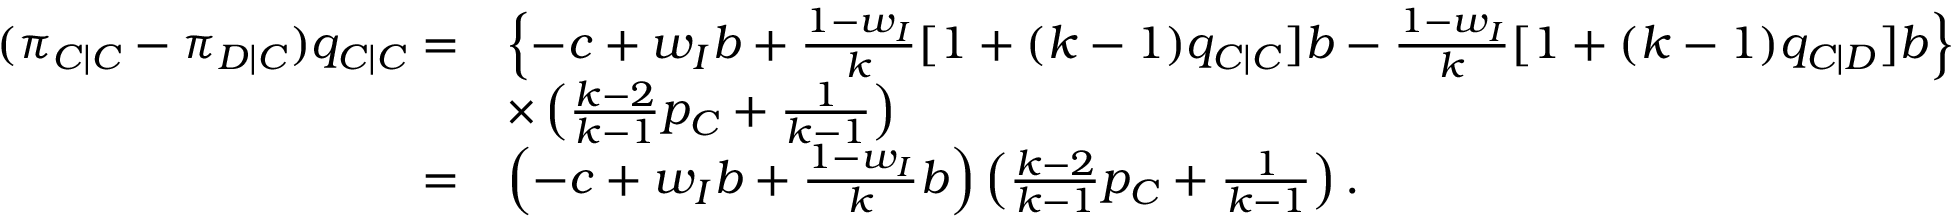
\begin{array} { r l } { ( \pi _ { C | C } - \pi _ { D | C } ) q _ { C | C } = } & { \left\{ - c + w _ { I } b + \frac { 1 - w _ { I } } { k } [ 1 + ( k - 1 ) q _ { C | C } ] b - \frac { 1 - w _ { I } } { k } [ 1 + ( k - 1 ) q _ { C | D } ] b \right\} } \\ & { \times \left( \frac { k - 2 } { k - 1 } p _ { C } + \frac { 1 } { k - 1 } \right) } \\ { = } & { \left( - c + w _ { I } b + \frac { 1 - w _ { I } } { k } b \right) \left( \frac { k - 2 } { k - 1 } p _ { C } + \frac { 1 } { k - 1 } \right) . } \end{array}